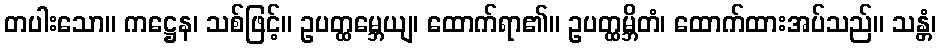
တပါးသော။ ကဋ္ဌေန၊ သစ်ဖြင့်။ ဥပတ္ထမ္ဘေယျ၊ ထောက်ရာ၏။ ဥပတ္ထမ္ဘိတံ၊ ထောက်ထားအပ်သည်။ သန္တံ၊